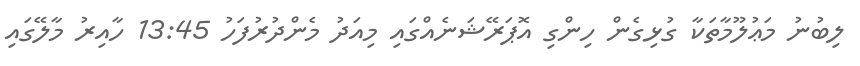
ލިބުނު މަޢުލޫމާތަކާ ގުޅިގެން ހިންގި އޮޕަރޭޝަނެއްގައި މިއަދު މެންދުރުފަހު 13:45 ހާއިރު މާލޭގައި